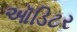
ઑડિટર